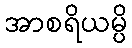
အာစရိယမ္ပိ